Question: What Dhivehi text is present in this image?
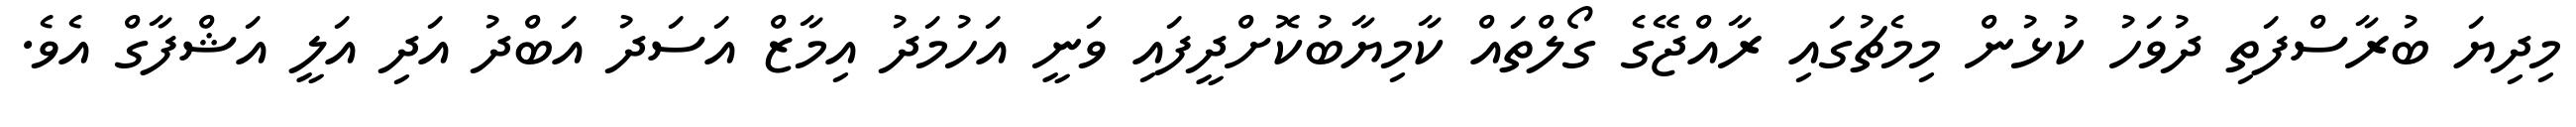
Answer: މިދިޔަ ބުރާސްފަތި ދުވަހު ކުޅުން މިމެޗުގައި ރާއްޖޭގެ ގޯލްތައް ކާމިޔާބުކޮށްދީފައި ވަނީ އަހުމަދު އިމާޒް އަސަދު އަބްދު އަދި އަލީ އަޝްފާގް އެވެ.